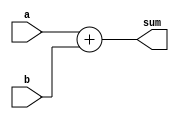
`timescale 1ns / 1ps
//////////////////////////////////////////////////////////////////////////////////
// Company: 
// Engineer: 
// 
// Design Name: 
// Module Name: adder_6_bit
// Project Name: 
// Target Devices: 
// Tool Versions: 
// Description: 
// 
// Dependencies: 
// 
// Revision:
// Revision 0.01 - File Created
// Additional Comments:
// 
//////////////////////////////////////////////////////////////////////////////////

/*
module adder_6_bit (
    input [5:0] A,
    input [5:0] B,
    input Cin,
    output Cout,
    output [5:0] Sum
);

    // Intermediate
    wire [4:0] Carry;

    full_Adder FA1(A[0], B[0], Cin, Carry[0], Sum[0]);
    full_Adder FA2(A[1], B[1], Carry[0], Carry[1], Sum[1]);
    full_Adder FA3(A[2], B[2], Carry[1], Carry[2], Sum[2]);
    full_Adder FA4(A[3], B[3], Carry[2], Carry[3], Sum[3]);
    full_Adder FA5(A[4], B[4], Carry[3], Carry[4], Sum[4]);
    full_Adder FA6(A[5], B[5], Carry[4], Cout, Sum[5]);

endmodule
*/

module adder_6_bit(a,b, sum);
input [5:0] a,b;
output [5:0] sum ; 
assign sum = a + b;
endmodule